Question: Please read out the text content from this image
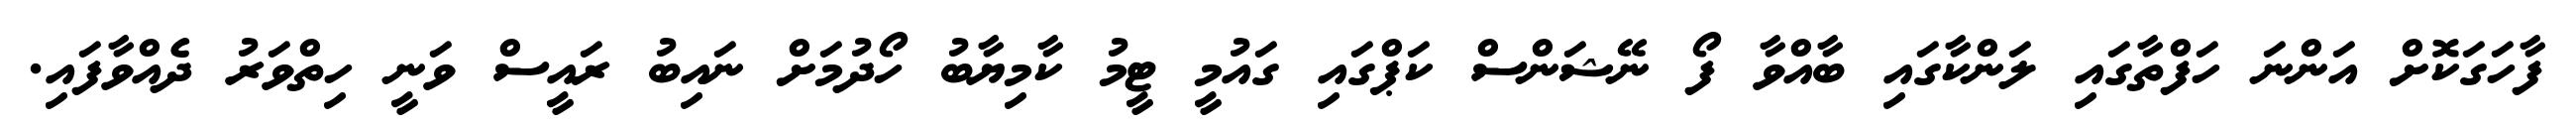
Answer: ފާހަގަކޮށް އަންނަ ހަފްތާގައި ލަންކާގައި ބާއްވާ ފޯ ނޭޝަންސް ކަޕްގައި ގައުމީ ޓީމު ކާމިޔާބު ހޯދުމަށް ނައިބު ރައީސް ވަނީ ހިތްވަރު ދެއްވާފައި.